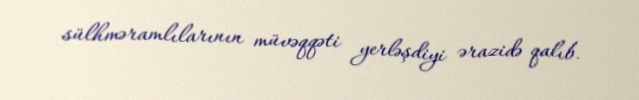
sülhməramlılarının müvəqqəti yerləşdiyi ərazidə qalıb.